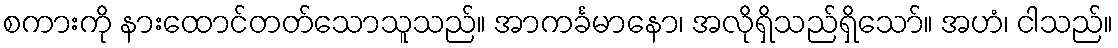
စကားကို နားထောင်တတ်သောသူသည်။ အာကင်္ခမာနော၊ အလိုရှိသည်ရှိသော်။ အဟံ၊ ငါသည်။